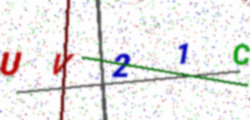
Text: UV21C